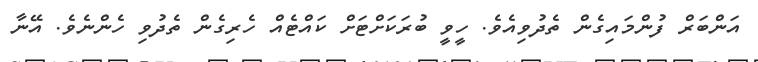
އަންބަރް ފުންމައިގެން ތެދުވިއެވެ. ހީވީ ބުރަކަށްޓަށް ކައްޓެއް ހެރިގެން ތެދުވި ހެންނެވެ. އޭނާ